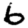
Digit: 6